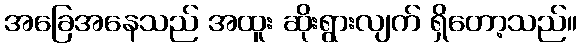
အခြေအနေသည် အထူး ဆိုးရွားလျက် ရှိတော့သည်။